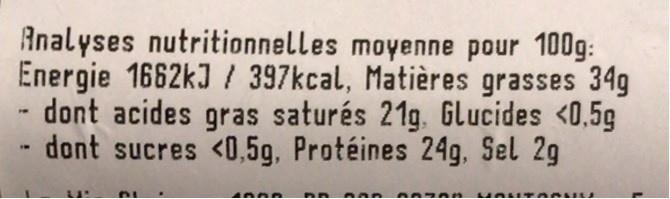
Analyses nutritionnelles moyenne pour 100g: Energie 1662kJ / 397kcal, Matières grasses 34g dont acides gras saturés 21g. GLucides <0,5g dont sucres <0,5g, Protéines 24g, Sel 2g